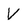
Character: V